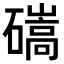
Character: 𥖱